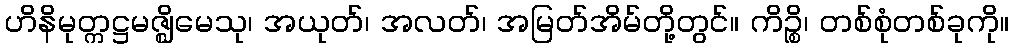
ဟိနိမုတ္ကဋ္ဌမဇ္ဈိမေသု၊ အယုတ်၊ အလတ်၊ အမြတ်အိမ်တို့တွင်။ ကိဉ္စိ၊ တစ်စုံတစ်ခုကို။